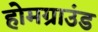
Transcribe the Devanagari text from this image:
होमग्राउंड